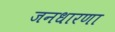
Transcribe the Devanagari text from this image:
जनधारणा